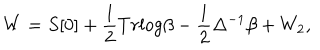
W = S [ 0 ] + \frac { 1 } { 2 } T r l o g \beta - \frac { 1 } { 2 } \Delta ^ { - 1 } \beta + W _ { 2 } ,